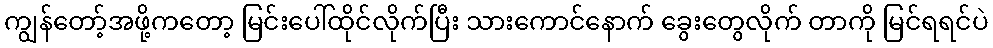
ကျွန်တော့်အဖို့ကတော့ မြင်းပေါ်ထိုင်လိုက်ပြီး သားကောင်နောက် ခွေးတွေလိုက် တာကို မြင်ရရင်ပဲ